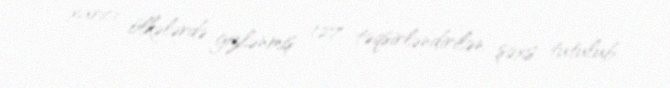
xarici ölkələrdə gizlənmiş 127 təqsirləndirilən şəxs tutulub.